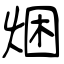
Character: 焑